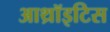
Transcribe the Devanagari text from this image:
आथ्रॉइटिस